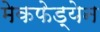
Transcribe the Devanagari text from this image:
मेकफेड्येन